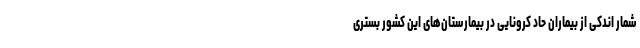
شمار اندکی از بیماران حاد کرونایی در بیمارستان‌های این کشور بستری